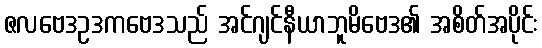
ဇလဗေဒဥဒကဗေဒသည် အင်ဂျင်နီယာဘူမိဗေဒ၏ အစိတ်အပိုင်း